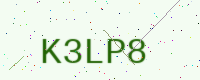
Text: K3LP8